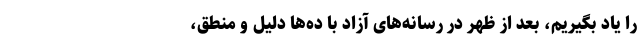
را یاد بگیریم، بعد از ظهر در رسانه‌های آزاد با ده‌ها دلیل و منطق،